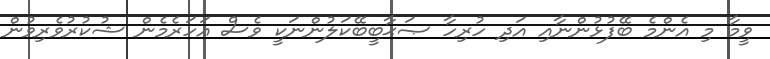
ވީމާ މި އެންމެ ބޭފުޅުންނާއި އަދި ހުރިހާ ޞަޙާބީބޭކަލުންނަކީ ވެސް އަހަރެމެން ޝުކުރުވެރިވުން